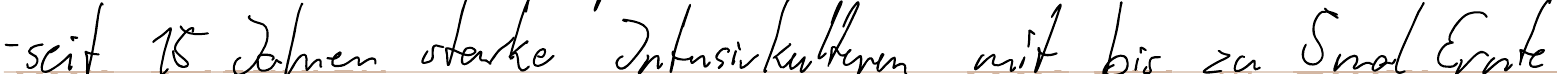
- seit 15 Jahren starke Intensivkulturen mit bis zu 5 mal Ernte